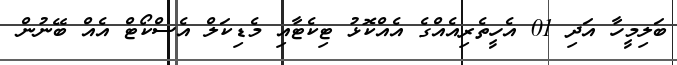
ބަލިމީހާ އަދި 01 އެހީތެރިއެއްގެ އެއްކޮޅު ޓިކެޓާއި މެޑިކަލް އެސްކޯޓް އެއް ބޭނުން